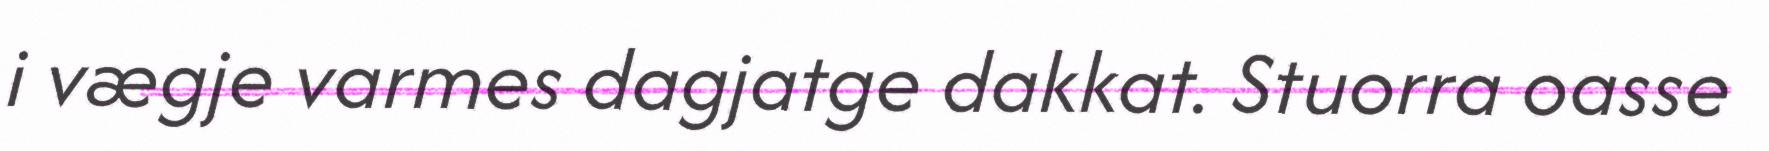
i vægje varmes dagjatge dakkat. Stuorra oasse